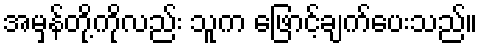
အမှန်တို့ကိုလည်း သူက ဖြောင့်ချက်ပေးသည်။